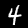
Label: 4